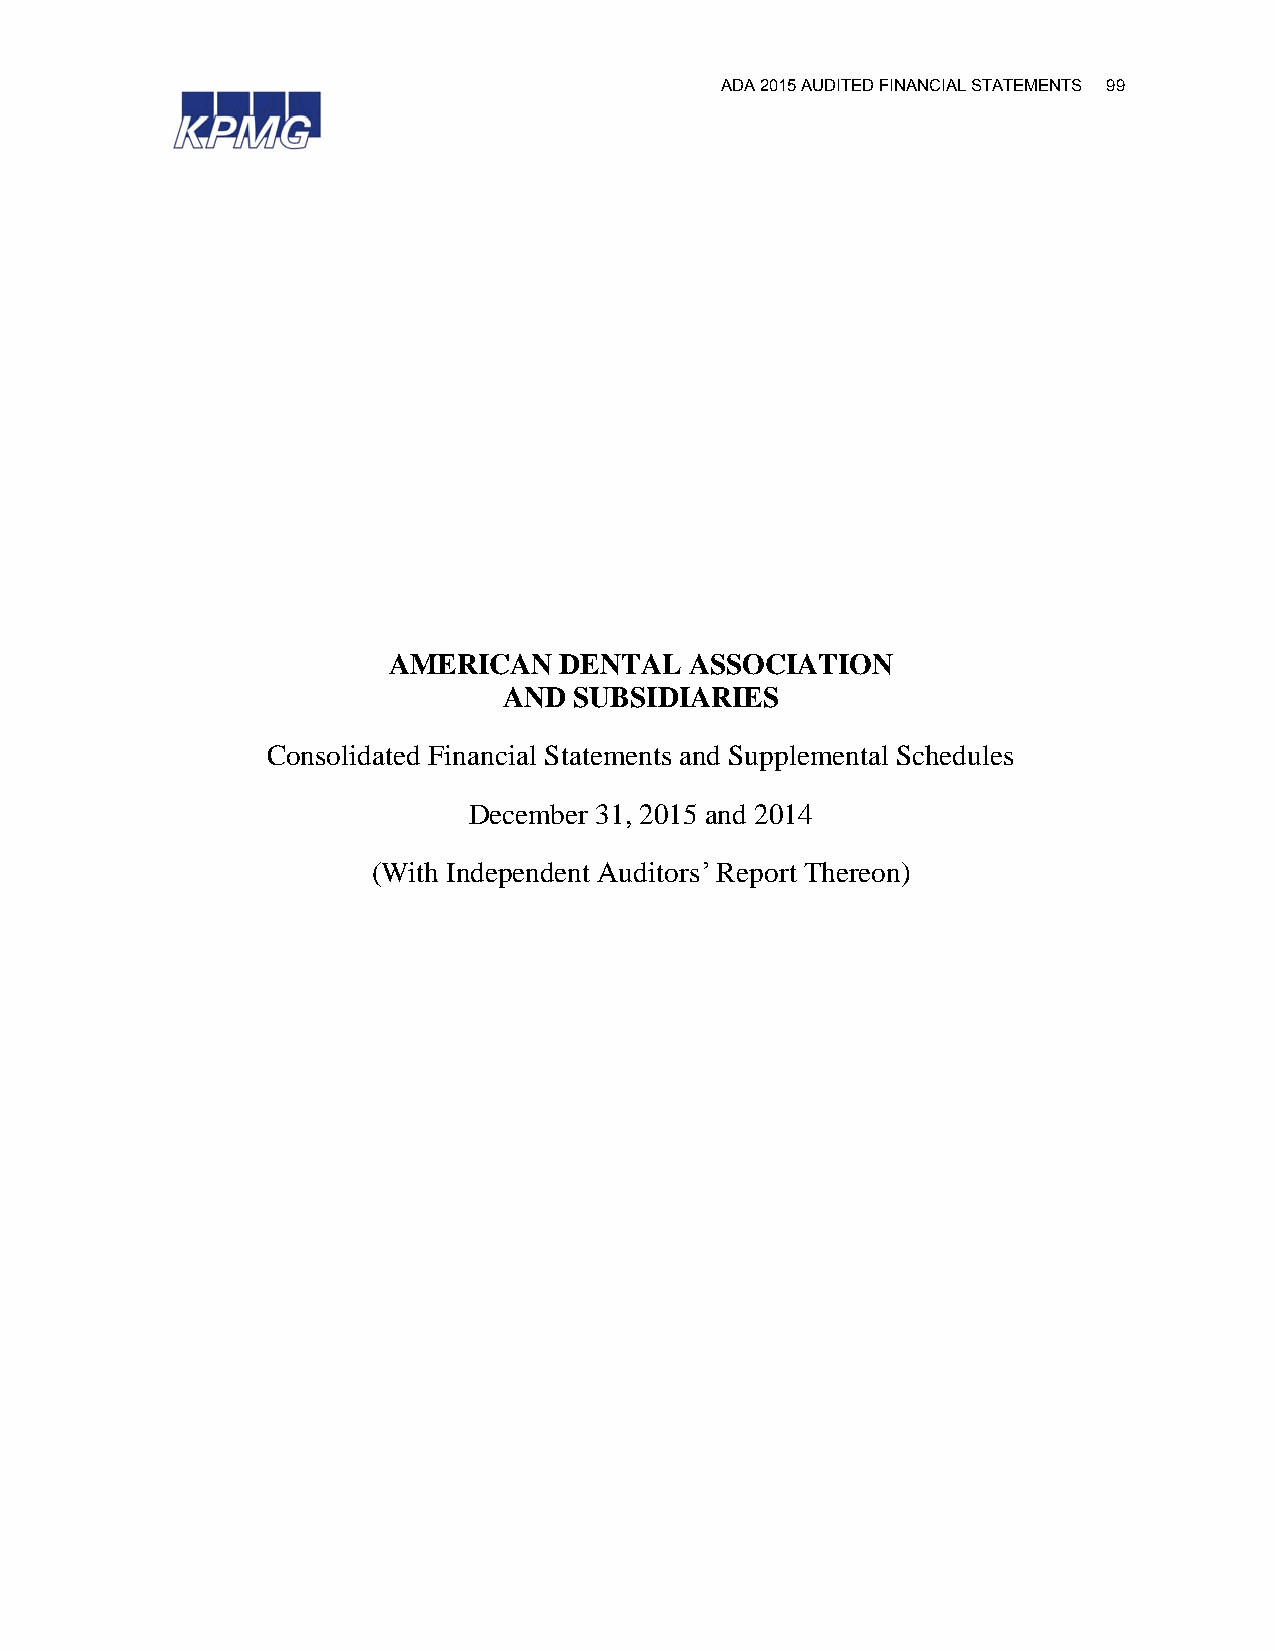
ADA 2015 AUDITED FINANCIAL STATEMENTS 99
 AMERICAN   DENTAL   ASSOCIATION
 AND  SUBSIDIARIES
 Consolidated Financial Statements and Supplemental Schedules
 December 31, 2015 and 2014
 (With Independent Auditors’ Report Thereon)